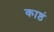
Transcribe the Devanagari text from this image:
काष्ठं